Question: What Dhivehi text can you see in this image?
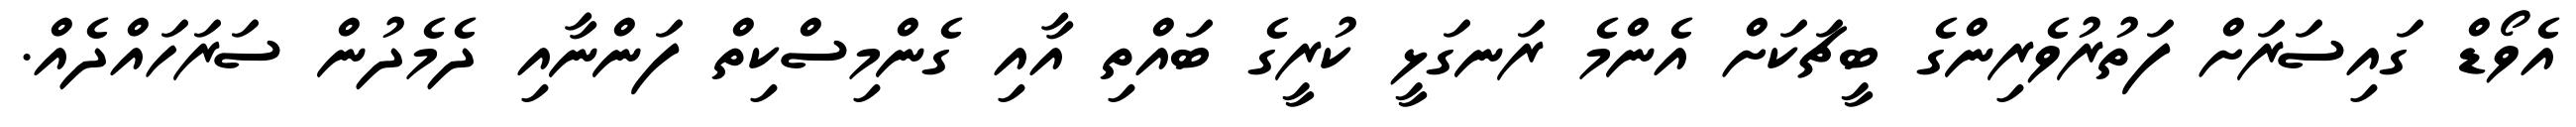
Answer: އެވޯޑް ގައިސަރަށް ފަތުރުވެރިންގެ ބީޗަކަށް އެންމެ ރަނގަޅީ ކުރީގެ ބައްތި އާއި ގެންމިސްކިތް ފަންނާއި ދެމެދުން ސަރަހައްދެއް.